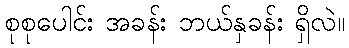
စုစုပေါင်း အခန်း ဘယ်နှခန်း ရှိလဲ။